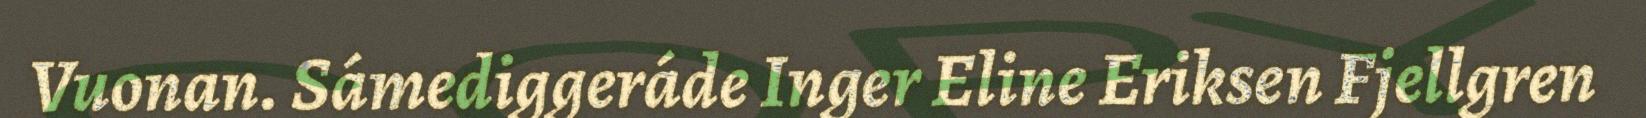
Vuonan. Sámediggeráde Inger Eline Eriksen Fjellgren